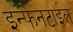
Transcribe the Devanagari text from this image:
इन्फेनटाईल